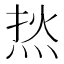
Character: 𰞟